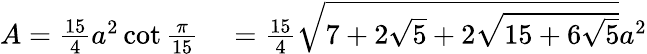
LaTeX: \begin{array}{rl}{A={\frac{15}{4}}a^{2}\cot{\frac{\pi}{15}}}&{{}={\frac{15}{4}}{\sqrt{7+2{\sqrt{5}}+2{\sqrt{15+6{\sqrt{5}}}}}}a^{2}}\end{array}